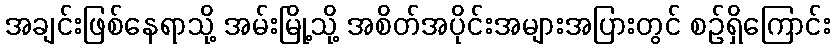
အချင်းဖြစ်နေရာသို့ အမ်းမြို့သို့ အစိတ်အပိုင်းအများအပြားတွင် စဉ်ရှိကြောင်း